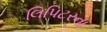
લિપિટરના